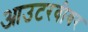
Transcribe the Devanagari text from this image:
आउटरवीयर